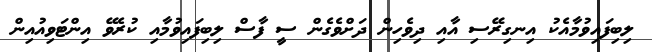
ލިބިފައިވުމާއެކު އިނގިރޭސި އާއި ދިވެހިން ދަށްވެގެން ސީ ފާސް ލިބިފައިވުމާއި ކުރެވޭ އިންޓަވިއުއިން